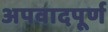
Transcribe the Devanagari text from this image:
अपवादपूर्ण